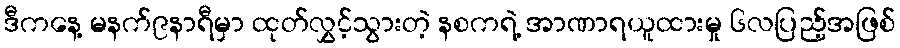
ဒီကနေ့ မနက်၉နာရီမှာ ထုတ်လွှင့်သွားတဲ့ နစကရဲ့ အာဏာရယူထားမှု ၆လပြည့်အဖြစ်